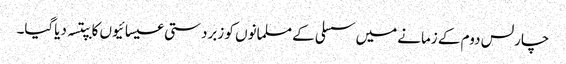
چارلس دوم کے زمانے میں سسلی کے مسلمانوں کو زبردستی عیسائیوں کا بپتسہ دیاگیا۔